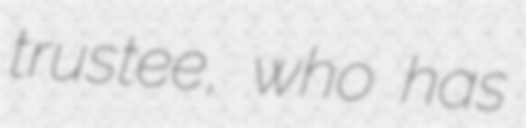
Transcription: trustee, who has